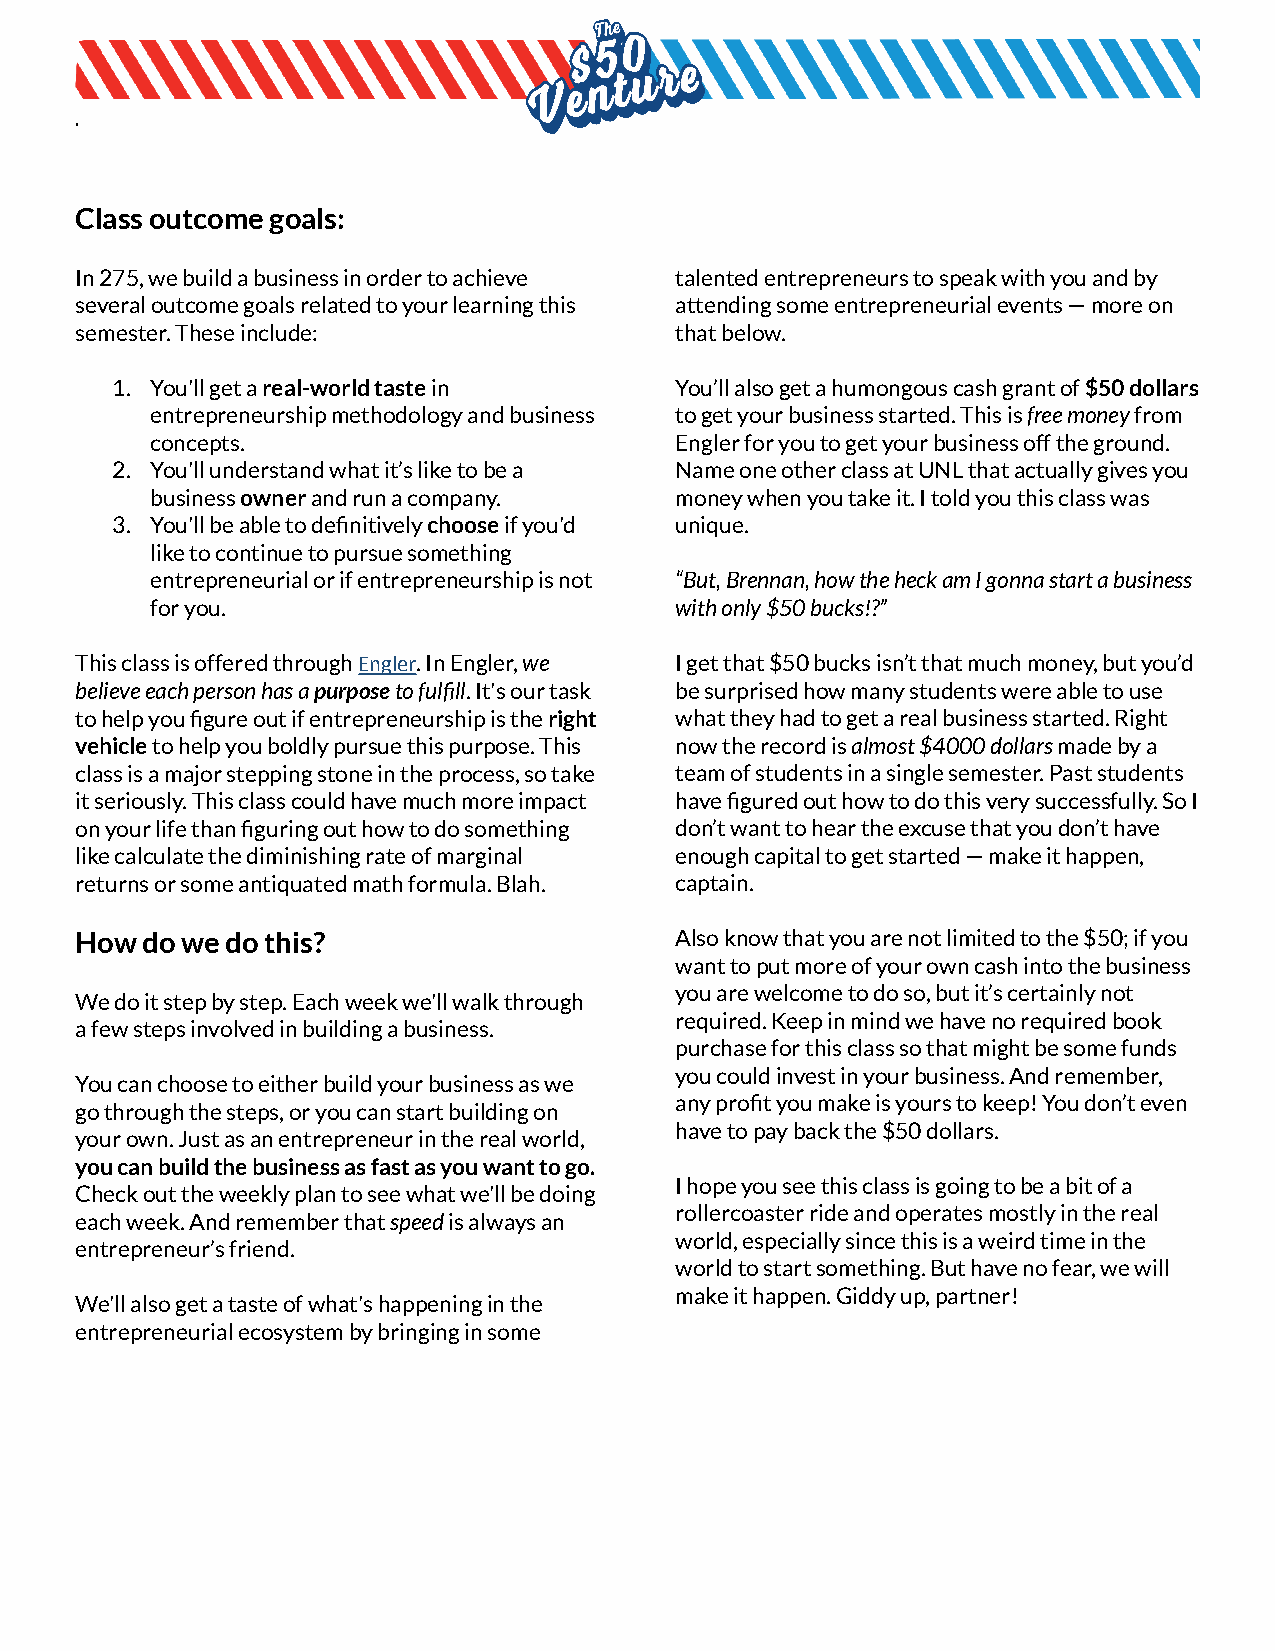
.
 Class outcome goals:
 In 275, we build a business in order to achieve talented entrepreneurs to speak with you and by
 several outcome goals related to your learning this attending some entrepreneurial events — more on
 semester. These include:                that below.
 1. You'll get areal-world tastein     You’ll also get a humongous cash grant of$50 dollars
 entrepreneurship methodology and business to get your business started. This isfree moneyfrom
 concepts.                          Engler for you to get your business off the ground.
 2. You'll understand what it’s like to be a Name one other class at UNL that actually gives you
 businessownerand run a company.    money when you take it. I told you this class was
 3. You'll be able to definitivelychooseif you'd unique.
 like to continue to pursue something
 entrepreneurial or if entrepreneurship is not “But, Brennan, how the heck am I gonna start a business
 for you.                           with only $50 bucks!?”
 This class is offered throughEngler. In Engler,we I get that $50 bucks isn’t that much money, but you’d
 believe each person has apurposeto fulfill. It'sour task be surprised how many students were able to use
 to help you figure out if entrepreneurship is theright what they had to get a real business started. Right
 vehicleto help you boldly pursue this purpose. This now the record isalmost $4000 dollarsmade by a
 class is a major stepping stone in the process, sotake team of students in a single semester. Past students
 it seriously. This class could have much more impact have figured out how to do this very successfully.So I
 on your life than figuring out how to do something don’t want to hear the excuse that you don’t have
 like calculate the diminishing rate of marginal enough capital to get started — make it happen,
 returns or some antiquated math formula. Blah. captain.
 How do we do this?                      Also know that you are not limited to the $50; ifyou
 want to put more of your own cash into the business
 you are welcome to do so, but it’s certainly not
 We do it step by step. Each week we'll walk through
 required. Keep in mind we have no required book
 a few steps involved in building a business.
 purchase for this class so that might be some funds
 you could invest in your business. And remember,
 You can choose to either build your business as we
 any profit you make is yours to keep! You don’t even
 go through the steps, or you can start building on
 have to pay back the $50 dollars.
 your own. Just as an entrepreneur in the real world,
 you can build the business as fast as you want togo.
 I hope you see this class is going to be a bit ofa
 Check out the weekly plan to see what we'll be doing
 rollercoaster ride and operates mostly in the real
 each week. And remember thatspeedis always an
 world, especially since this is a weird time in the
 entrepreneur’s friend.
 world to start something. But have no fear, we will
 make it happen. Giddy up, partner!
 We'll also get a taste of what's happening in the
 entrepreneurial ecosystem by bringing in some